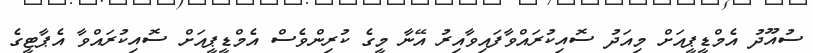
ސުއޫދު އެމްޑީޕީއަށް މިއަދު ސޮއިކުރައްވާފައިވާއިރު އޭނާ މީގެ ކުރިންވެސް އެމްޑީޕީއަށް ސޮއިކުރައްވާ އެޕާޓީގެ